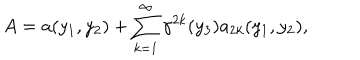
A = a ( y _ { 1 } , y _ { 2 } ) + \sum _ { k = 1 } ^ { \infty } { \gamma } ^ { 2 k } ( y _ { 3 } ) a _ { 2 k } ( y _ { 1 } , y _ { 2 } ) ,